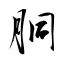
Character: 胴